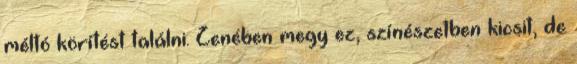
méltó körítést találni. Zenében megy ez, színészetben kicsit, de